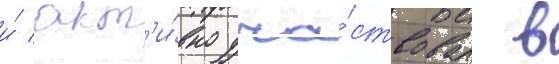
и́ акт'и́вно уча́ствовал в